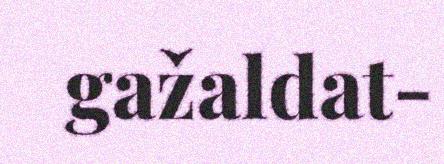
gažaldat-